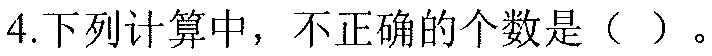
4.下列计算中，不正确的个数是（  ）。